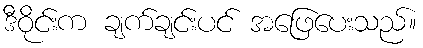
ဒီဝိုင်းက ချက်ချင်းပင် အဖြေပေးသည်။